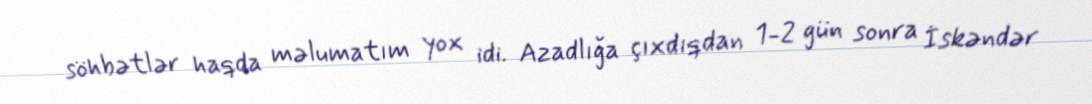
söhbətlər haqda məlumatım yox idi. Azadlığa çıxdıqdan 1-2 gün sonra İskəndər